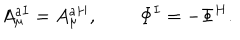
A _ { \mu } ^ { a I } = A _ { \mu } ^ { a H } , \ \Phi ^ { I } = - \Phi ^ { H } .